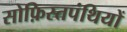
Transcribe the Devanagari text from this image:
सोफ़िस्तपंथियों